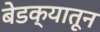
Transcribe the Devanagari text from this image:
बेडक्यातून